Report on vaccination in Madras 1895-1903 - 1895-1903
Year: 1895
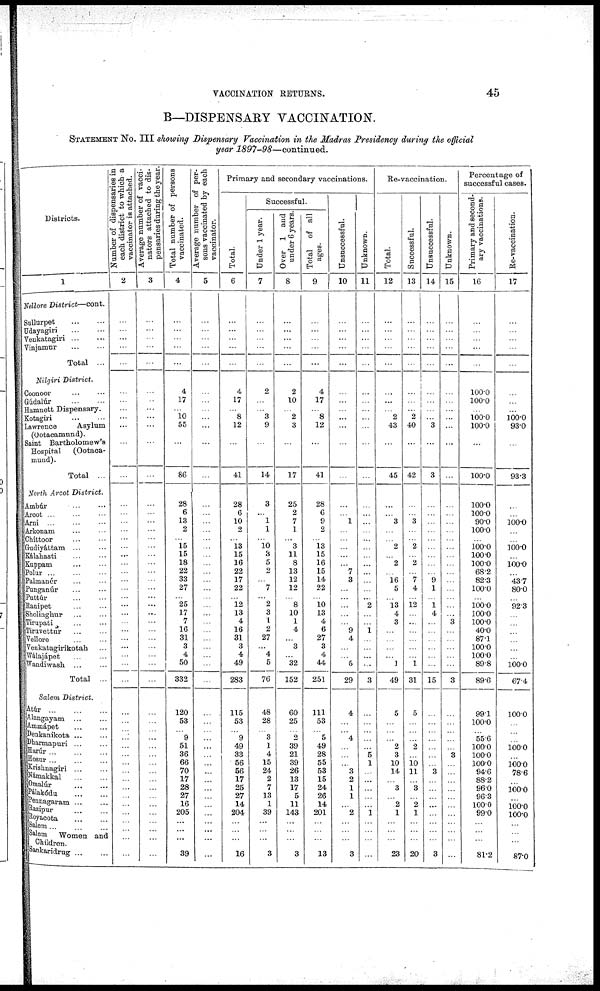
VACCINATION RETURNS.
45
B—DISPENSARY VACCINATION.
STATEMENT No. III showing Dispensary Vaccination in the Madras Presidency during the official
year 1897-98—continued.
Districts.
1
Nellore
District—cont.
Sullurpet
...
...
Udayagiri
...
...
Venkatagiri
...
...
Vinjamur
...
...
Total ...
Nilgiri
District.
Coonoor ... ...
Gúdalúr
...
...
Hamnett Dispensary.
Kotagiri
... ...
Lawrence
Asylum
(Ootaoamund).
Saint Bartholomew's
Hospital
(Ootaca-
mund).
Total ...
North Arcot
District.
Ambúr ... ...
Arcot ... ... ...
Arni
...
...
...
Arkonam ... ...
Ghittoor ... ...
Gudiyáttam ... ...
Kálahasti ... ...
Kuppam ... ...
Polur ... ... ...
Palmanér ... ...
Punganúr ... ...
Puttúr
...
...
Ranipet ... ...
Sholinghur ... ...
Tirupati
...
...
Tiruvettur ... ...
Vellore ... ...
Venkatagirikotah ...
Wálajápet ... ...
Wandiwash ... ...
Total ...
Salem
District.
Atúr
...
...
...
Alangayam
...
...
Ammápet ... ...
Denkanikota
...
...
Dharmapuri ... ...
Harúr ... ... ...
Hosur... ... ...
Krishnagiri ... ...
Námakkal
...
...
Omalúr ... ...
Pálakódu
...
...
Pennagaram
...
...
Razipur ... ...
Royacota ... ...
Salem... ... ...
Salem
Women and
Children.
Sankaridrug
...
...
Number of dispensaries in
each district to which a
vaccinator is attached.
2
...
...
...
...
...
...
...
...
...
...
...
...
...
...
...
...
...
...
...
...
...
...
...
...
...
...
...
...
...
...
...
...
...
...
...
...
...
...
...
...
...
...
...
...
...
...
...
...
...
...
Average number of vacci-
nators attached to dis-
pensaries during the year.
3
...
...
...
...
...
...
...
...
...
...
...
...
...
...
...
...
...
...
...
...
...
...
...
...
...
...
...
...
...
...
...
...
...
...
...
...
...
...
...
...
...
...
...
...
...
...
...
...
...
...
Total number of persons
vaccinated.
4
...
...
...
...
...
4
17
...
10 55
...
86
28
6
13
2
...
15
15
18
22
33
27
...
25
17
7
16
31
3
4
50
332
120
53
...
9
51
36
66
70
17
28
27
16
205
...
...
...
39
Average number of per-
sons vaccinated by each
vaccinator.
5
...
...
...
...
...
...
...
...
...
...
...
...
...
...
...
...
...
...
...
...
...
...
...
...
...
...
...
...
...
...
...
...
...
...
...
...
...
...
...
...
...
...
...
...
...
...
...
...
...
...
Primary and secondary vaccinations.
Total.
6
...
...
...
...
...
4
17
...
8
12
...
41
28
6
10
2
...
13
15
16
22
17
22
...
12
13
4
16
31
3
4
49
283
115
53
...
9
49
33
56
56
17
25
27
14
204
...
...
...
16
Successful.
Under 1 year.
7
...
...
...
...
...
2
...
...
3
9
...
14
3
...
1
1
...
10
3
5
2
...
7
...
2
3
1
2
27
...
4
5
76
48
28
...
3
1
4
15
24
2
7
13
1
39
...
...
...
3
Over 1 and
under 6 years.
8
...
...
...
...
...
2
10
...
2
3
...
17
25
2
7
1
...
3
11
8
13
12
12
...
8
10
1
4
...
3
...
32
152
60
25
...
2
39
21
39
26
13
17
5
11
143
...
...
...
3
Total
of all
ages.
9
...
...
...
...
...
4
17
...
8
12
...
41
28
6
9
2
...
13
15
16
15
14
22
...
10
13
4
6
27
3
4
44
251
111
53
...
5
49
28
55
53
15
24
26
14
201
...
...
...
13
Unsuccessful.
10
...
...
...
...
...
...
...
...
...
...
...
...
...
...
1
...
...
...
...
...
7
3
...
...
...
...
...
9
4
...
...
5
29
4
...
...
4
...
...
...
3
2
1
1
...
2
...
...
...
3
Unknown.
11
...
...
...
...
...
...
...
...
...
...
...
...
...
...
...
...
...
...
...
...
...
...
...
...
2
...
...
1
...
...
...
...
3
...
...
...
...
...
5
1
...
...
...
...
...
1
...
...
...
...
Re-vaccination.
Total.
12
...
...
...
...
...
...
...
...
2
43
...
45
...
...
3
...
...
2
...
2
...
16
5
...
13
4
3
...
...
...
...
1
49
5
...
...
...
2
3
10
14
...
3
...
2
1
...
...
...
23
Successful.
13
...
...
...
...
...
...
...
...
2
40
...
42
...
...
3
...
...
2
...
2
...
7
4
...
12
...
...
...
...
...
...
1
31
5
...
...
...
2
...
10
11
...
3
...
2
1
...
...
...
20
Unsuccessful.
14
...
...
...
...
...
...
...
...
...
3
...
3
...
...
...
...
...
...
...
...
...
9
1
...
1
4
...
...
...
...
...
...
15
...
...
...
...
...
...
...
3
...
...
...
...
...
...
...
...
3
Unknown.
15
...
...
...
...
...
...
...
...
...
...
...
...
...
...
...
...
...
...
...
...
...
...
...
...
...
...
3
...
...
...
...
...
3
...
...
...
...
...
3
...
...
...
...
...
...
...
...
...
...
...
Percentage of
successful cases.
Primary and second-
ary vaccinations.
16
...
...
...
...
...
100.0
100.0
...
100.0 100.0
...
100.0
100.0
100.0
90.0
100.0
...
100.0
100.0
100.0
68.2
82.3
100.0
...
100.0
100.0
100.0
40.0
87.1
100.0
100.0
89.8
89.6
99.1
100.0
...
55.6
100.0
100.0
100.0
94.6
88.2
96.0
96.3
100.0
99.0
...
...
...
81.2
Re-vaccination.
17
...
...
...
...
...
...
...
...
100.0
93.0
...
93.3
...
...
100.0
...
...
100.0
...
100.0
...
43.7
80.0
...
92.3
...
...
...
...
...
...
100.0
67.4
100.0
...
...
...
100.0
...
100.0
78.6
...
100.0
...
100.0
100.0
...
...
...
87.0